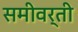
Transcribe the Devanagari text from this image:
समीवर्ती